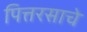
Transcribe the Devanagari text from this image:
पित्तरसाचे